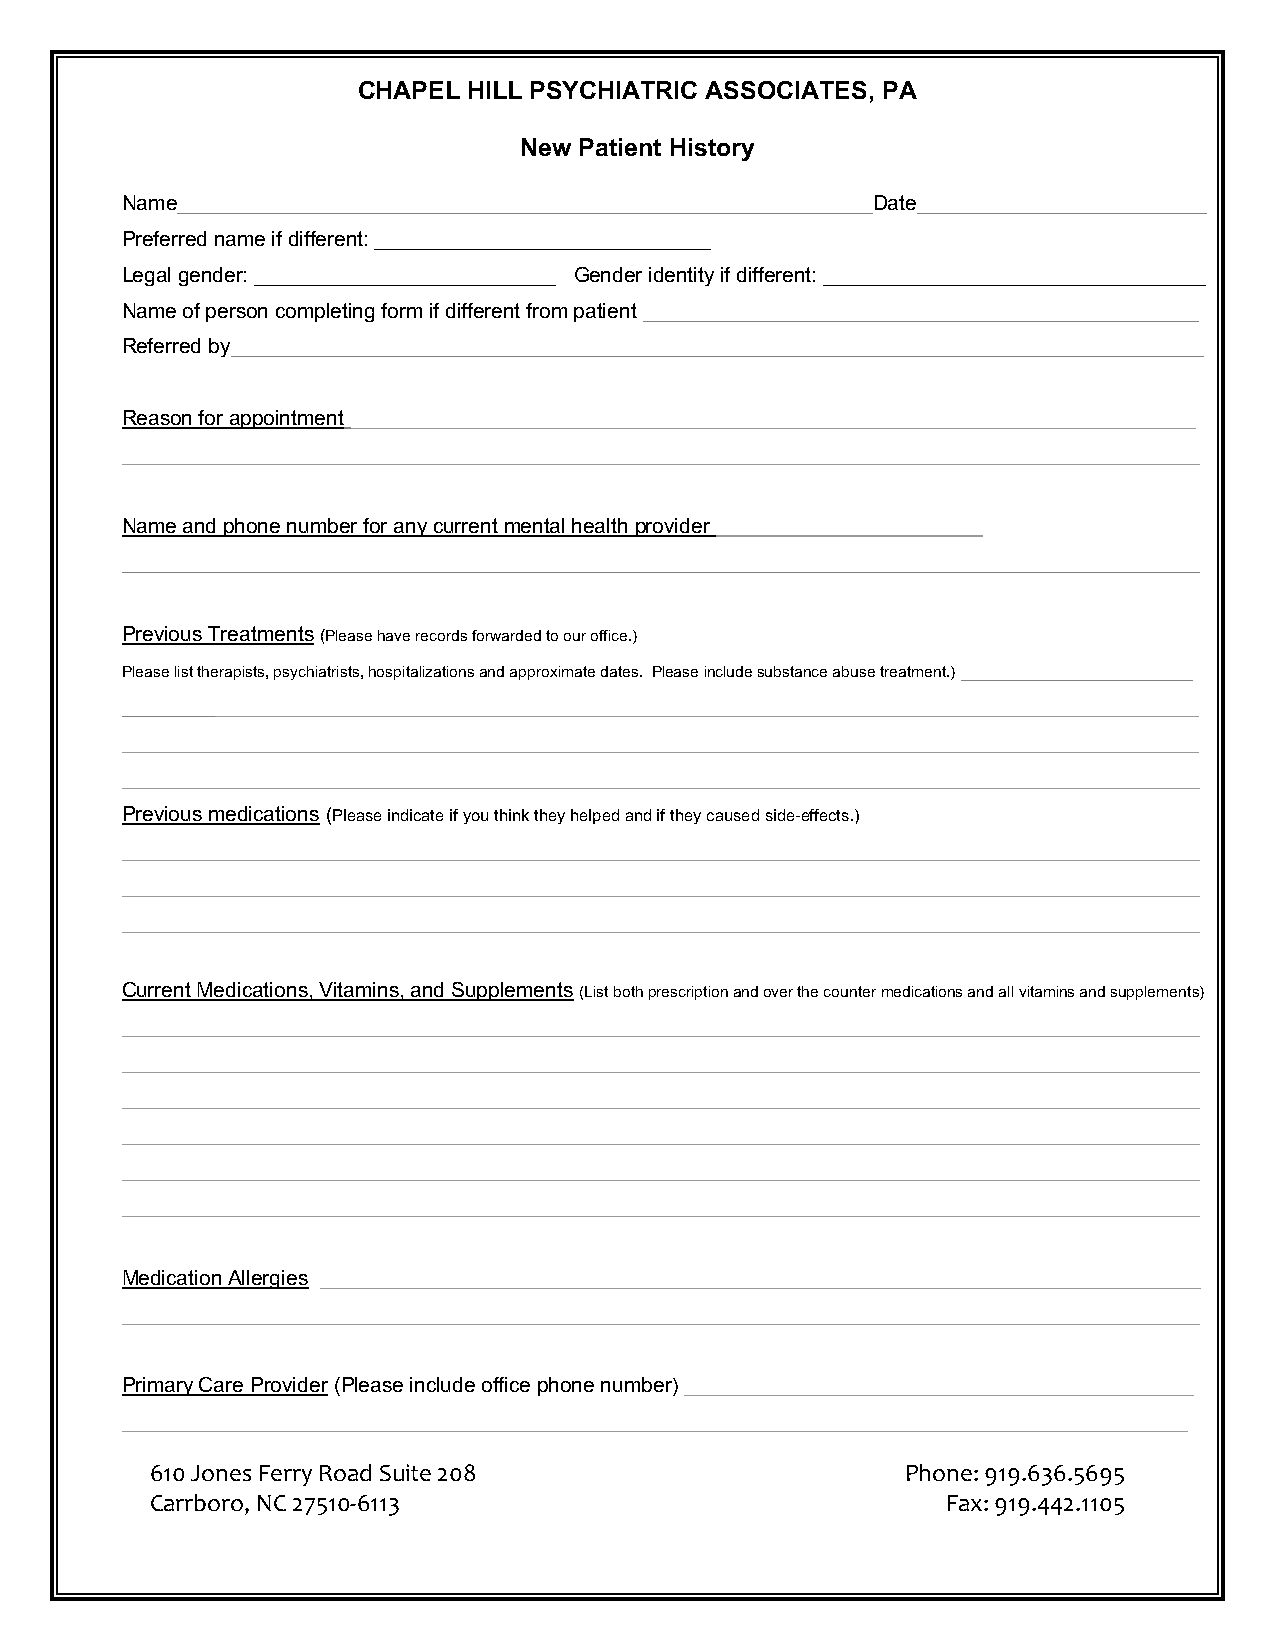
CHAPEL HILL PSYCHIATRIC ASSOCIATES, PA
 New Patient History
 Name____________________________________________________________Date_________________________
 Preferred name if different: _____________________________
 Legal gender: __________________________ Gender identity if different: _________________________________
 Name of person completing form if different from patient ________________________________________________
 Referred by____________________________________________________________________________________
 Reason for appointment _________________________________________________________________________
 _____________________________________________________________________________________________
 Name and phone number for any current mental health provider _______________________
 _____________________________________________________________________________________________
 Previous Treatments (Please have records forwarded to our office.)
 Please list therapists, psychiatrists, hospitalizations and approximate dates. Please include substance abuse treatment.) ____________________
 _____________________________________________________________________________________________
 _____________________________________________________________________________________________
 _____________________________________________________________________________________________
 Previous medications (Please indicate if you think they helped and if they caused side-effects.)
 _____________________________________________________________________________________________
 _____________________________________________________________________________________________
 _____________________________________________________________________________________________
 Current Medications, Vitamins, and Supplements (List both prescription and over the counter medications and all vitamins and supplements)
 _____________________________________________________________________________________________
 _____________________________________________________________________________________________
 _____________________________________________________________________________________________
 _____________________________________________________________________________________________
 _____________________________________________________________________________________________
 _____________________________________________________________________________________________
 Medication Allergies ____________________________________________________________________________
 _____________________________________________________________________________________________
 Primary Care Provider (Please include office phone number) ____________________________________________
 ____________________________________________________________________________________________
 610 Jones Ferry Road Suite 208                    Phone: 919.636.5695
 Carrboro, NC 27510-6113                              Fax: 919.442.1105